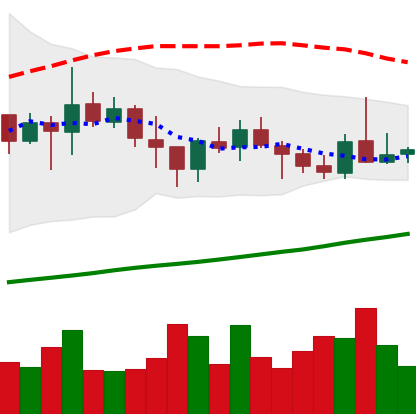
Ticker: ADA-USD
Chart end date: 2021-10-23
Forward return: -8.242%
Label: down_7plus